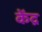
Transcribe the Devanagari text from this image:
केंद्र